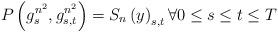
LaTeX: \begin{align*}P\left( g_{s}^{n^{2}},g_{s,t}^{n^{2}}\right) =S_{n}\left( y\right) _{s,t}\forall 0\leq s\leq t\leq T \end{align*}